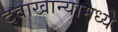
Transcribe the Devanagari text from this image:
दवाखान्यामध्ये